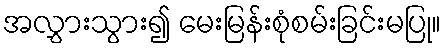
အလွှားသွား၍ မေးမြန်းစုံစမ်းခြင်းမပြု။